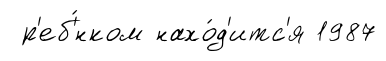
р'еб'́нком нахо́д'итс'я 1987